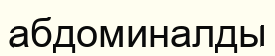
абдоминалды